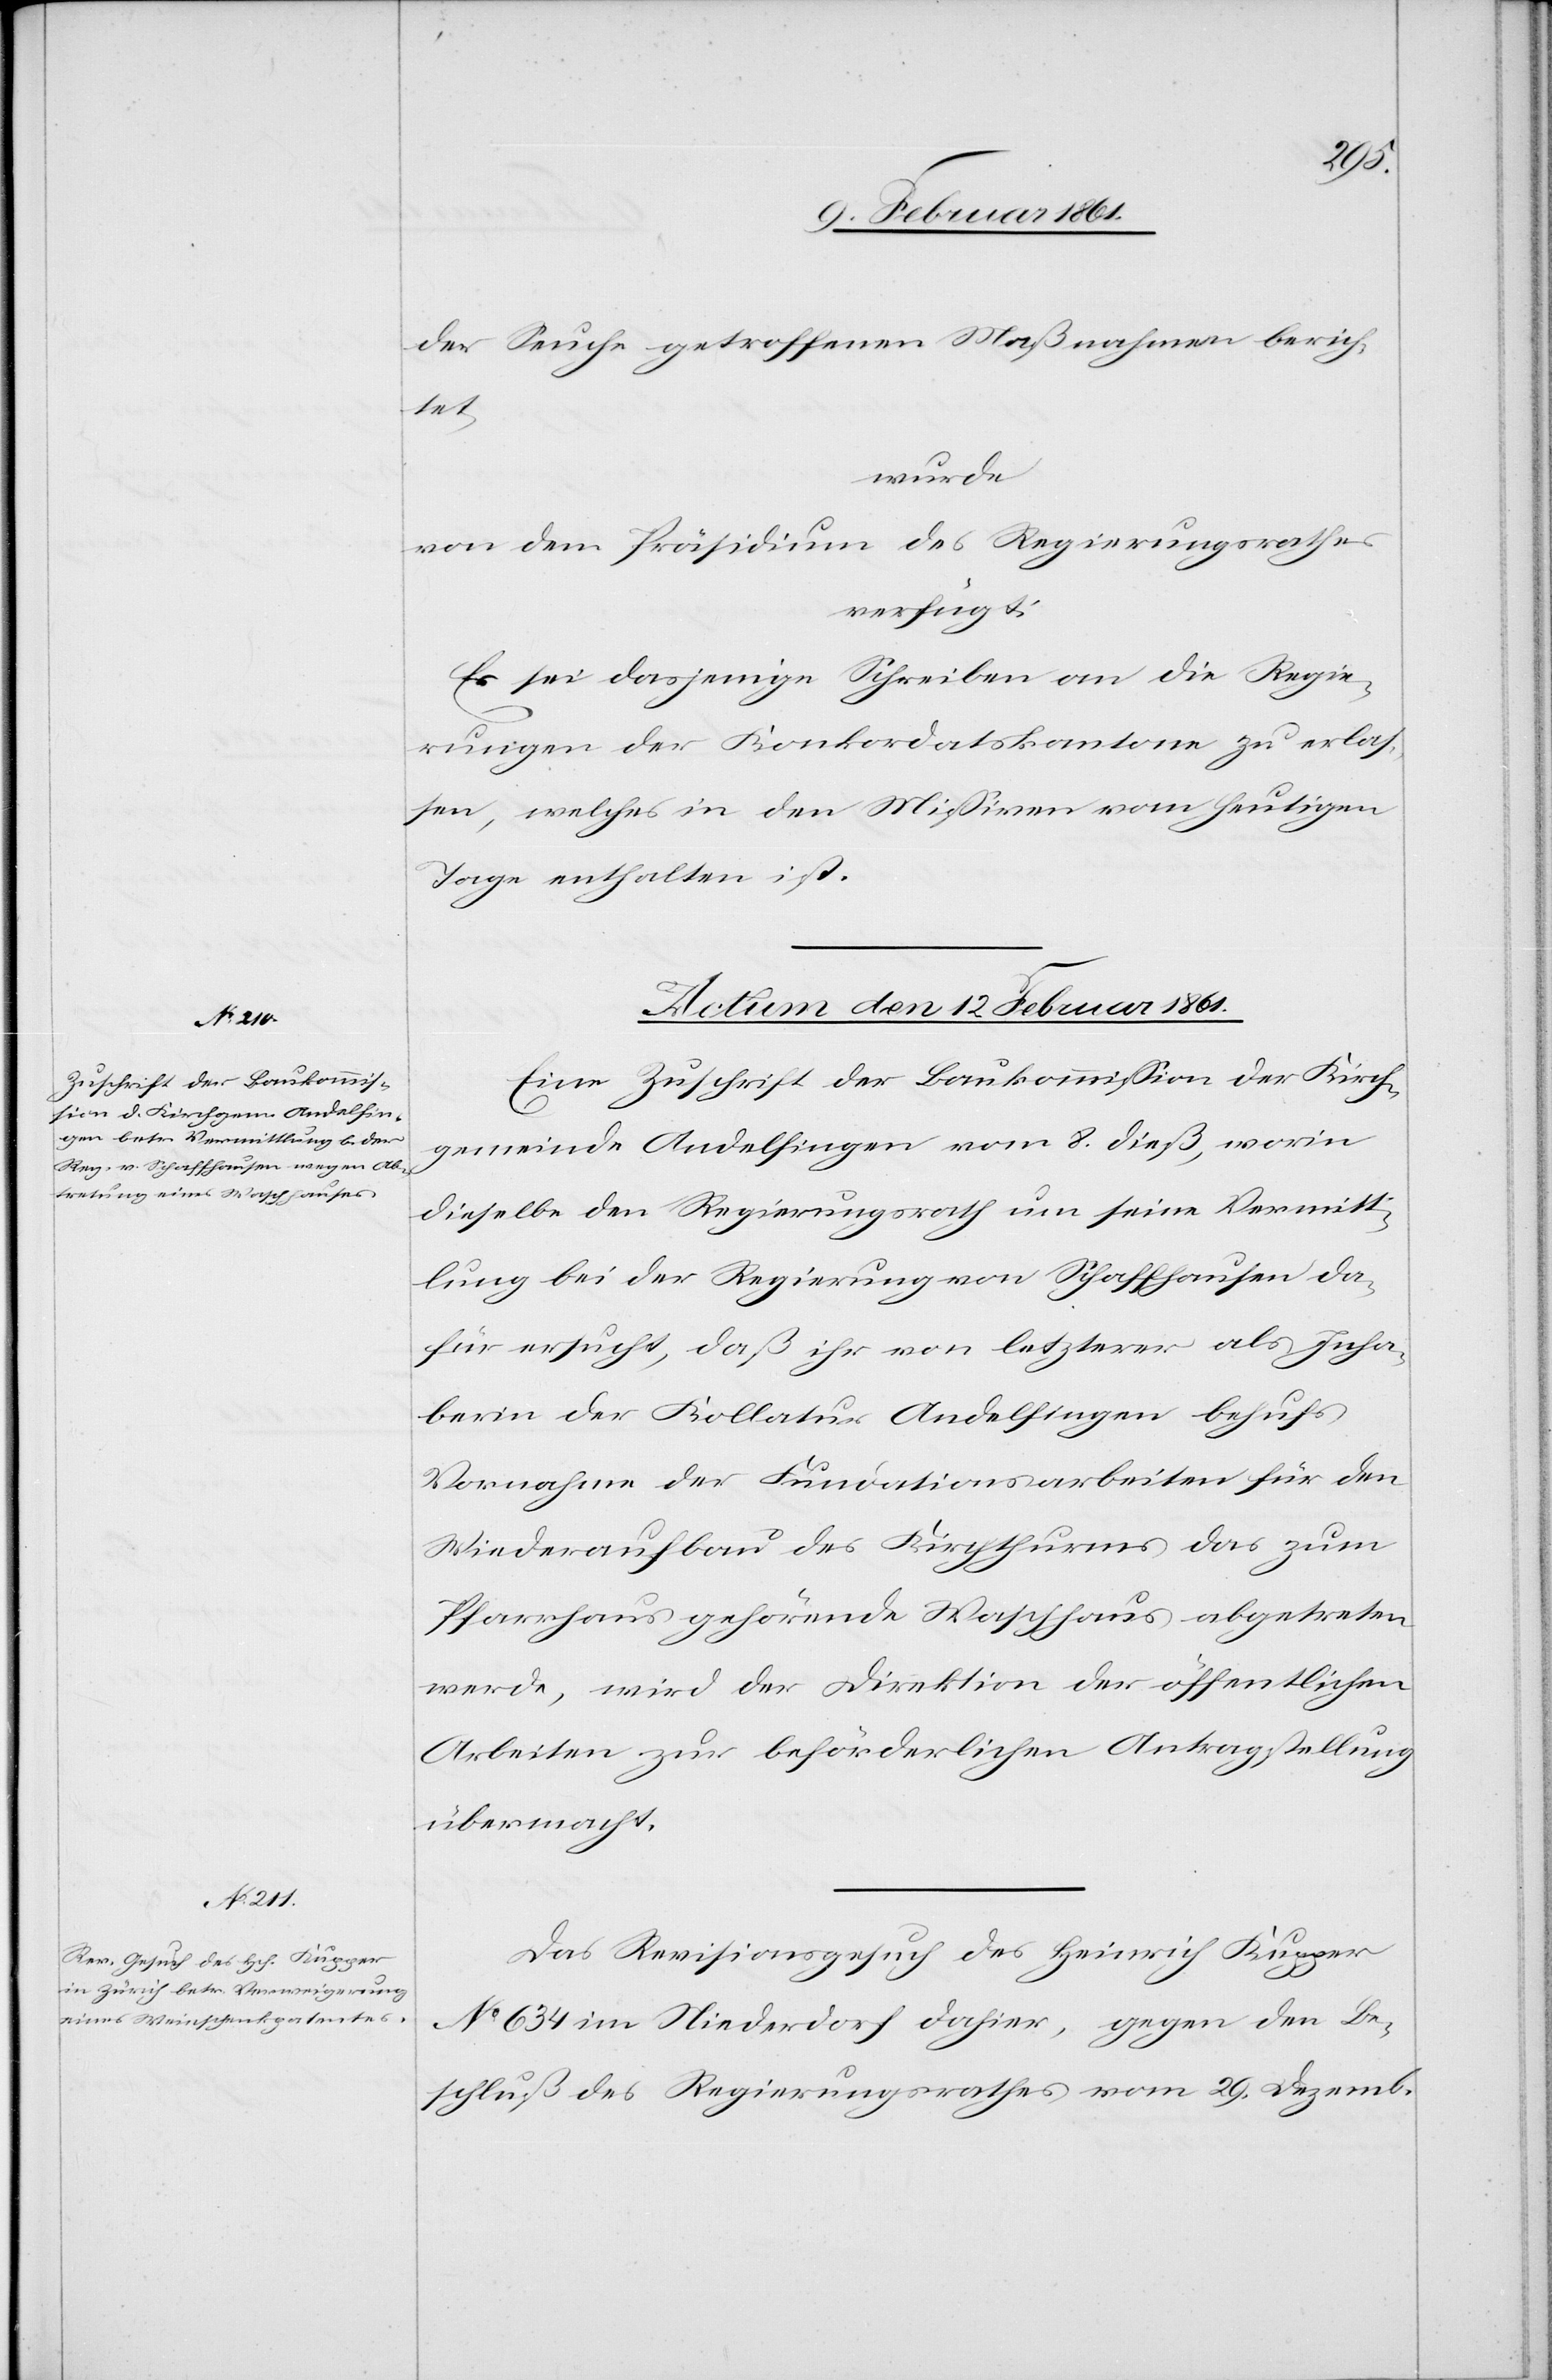
der Seuche getroffenen Maßnahmen berich¬
tet,
wurde
von dem Präsidium des Regierungsrathes
verfügt:
Es sei dasjenige Schreiben an die Regie¬
rungen der Konkordatskantone zu erlas¬
sen, welches in den Missiven vom heutigen
Tage enthalten ist.
Actum den 12. Februar 1861.]
Eine Zuschrift der Baukommission der Kirch¬
gemeinde Andelfingen vom 8. dieß, worin
dieselbe den Regierungsrath um seine Vermitt¬
lung bei der Regierung von Schaffhausen da¬
für ersucht, daß ihr von letzterer als Inha¬
berin der Kollatur Andelfingen behufs
Vornahme der Fundationsarbeiten für den
Wiederaufbau des Kirchthurms das zum
Pfarrhaus gehörende Waschhaus abgetreten
werde, wird der Direktion der öffentlichen
Arbeiten zur beförderlichen Antragstellung
übermacht.
Das Revisionsgesuch des Heinrich Kupper
No 634 im Niederdorf dahier, gegen den Be¬
schluß des Regierungsrathes vom 29. Dezemb.